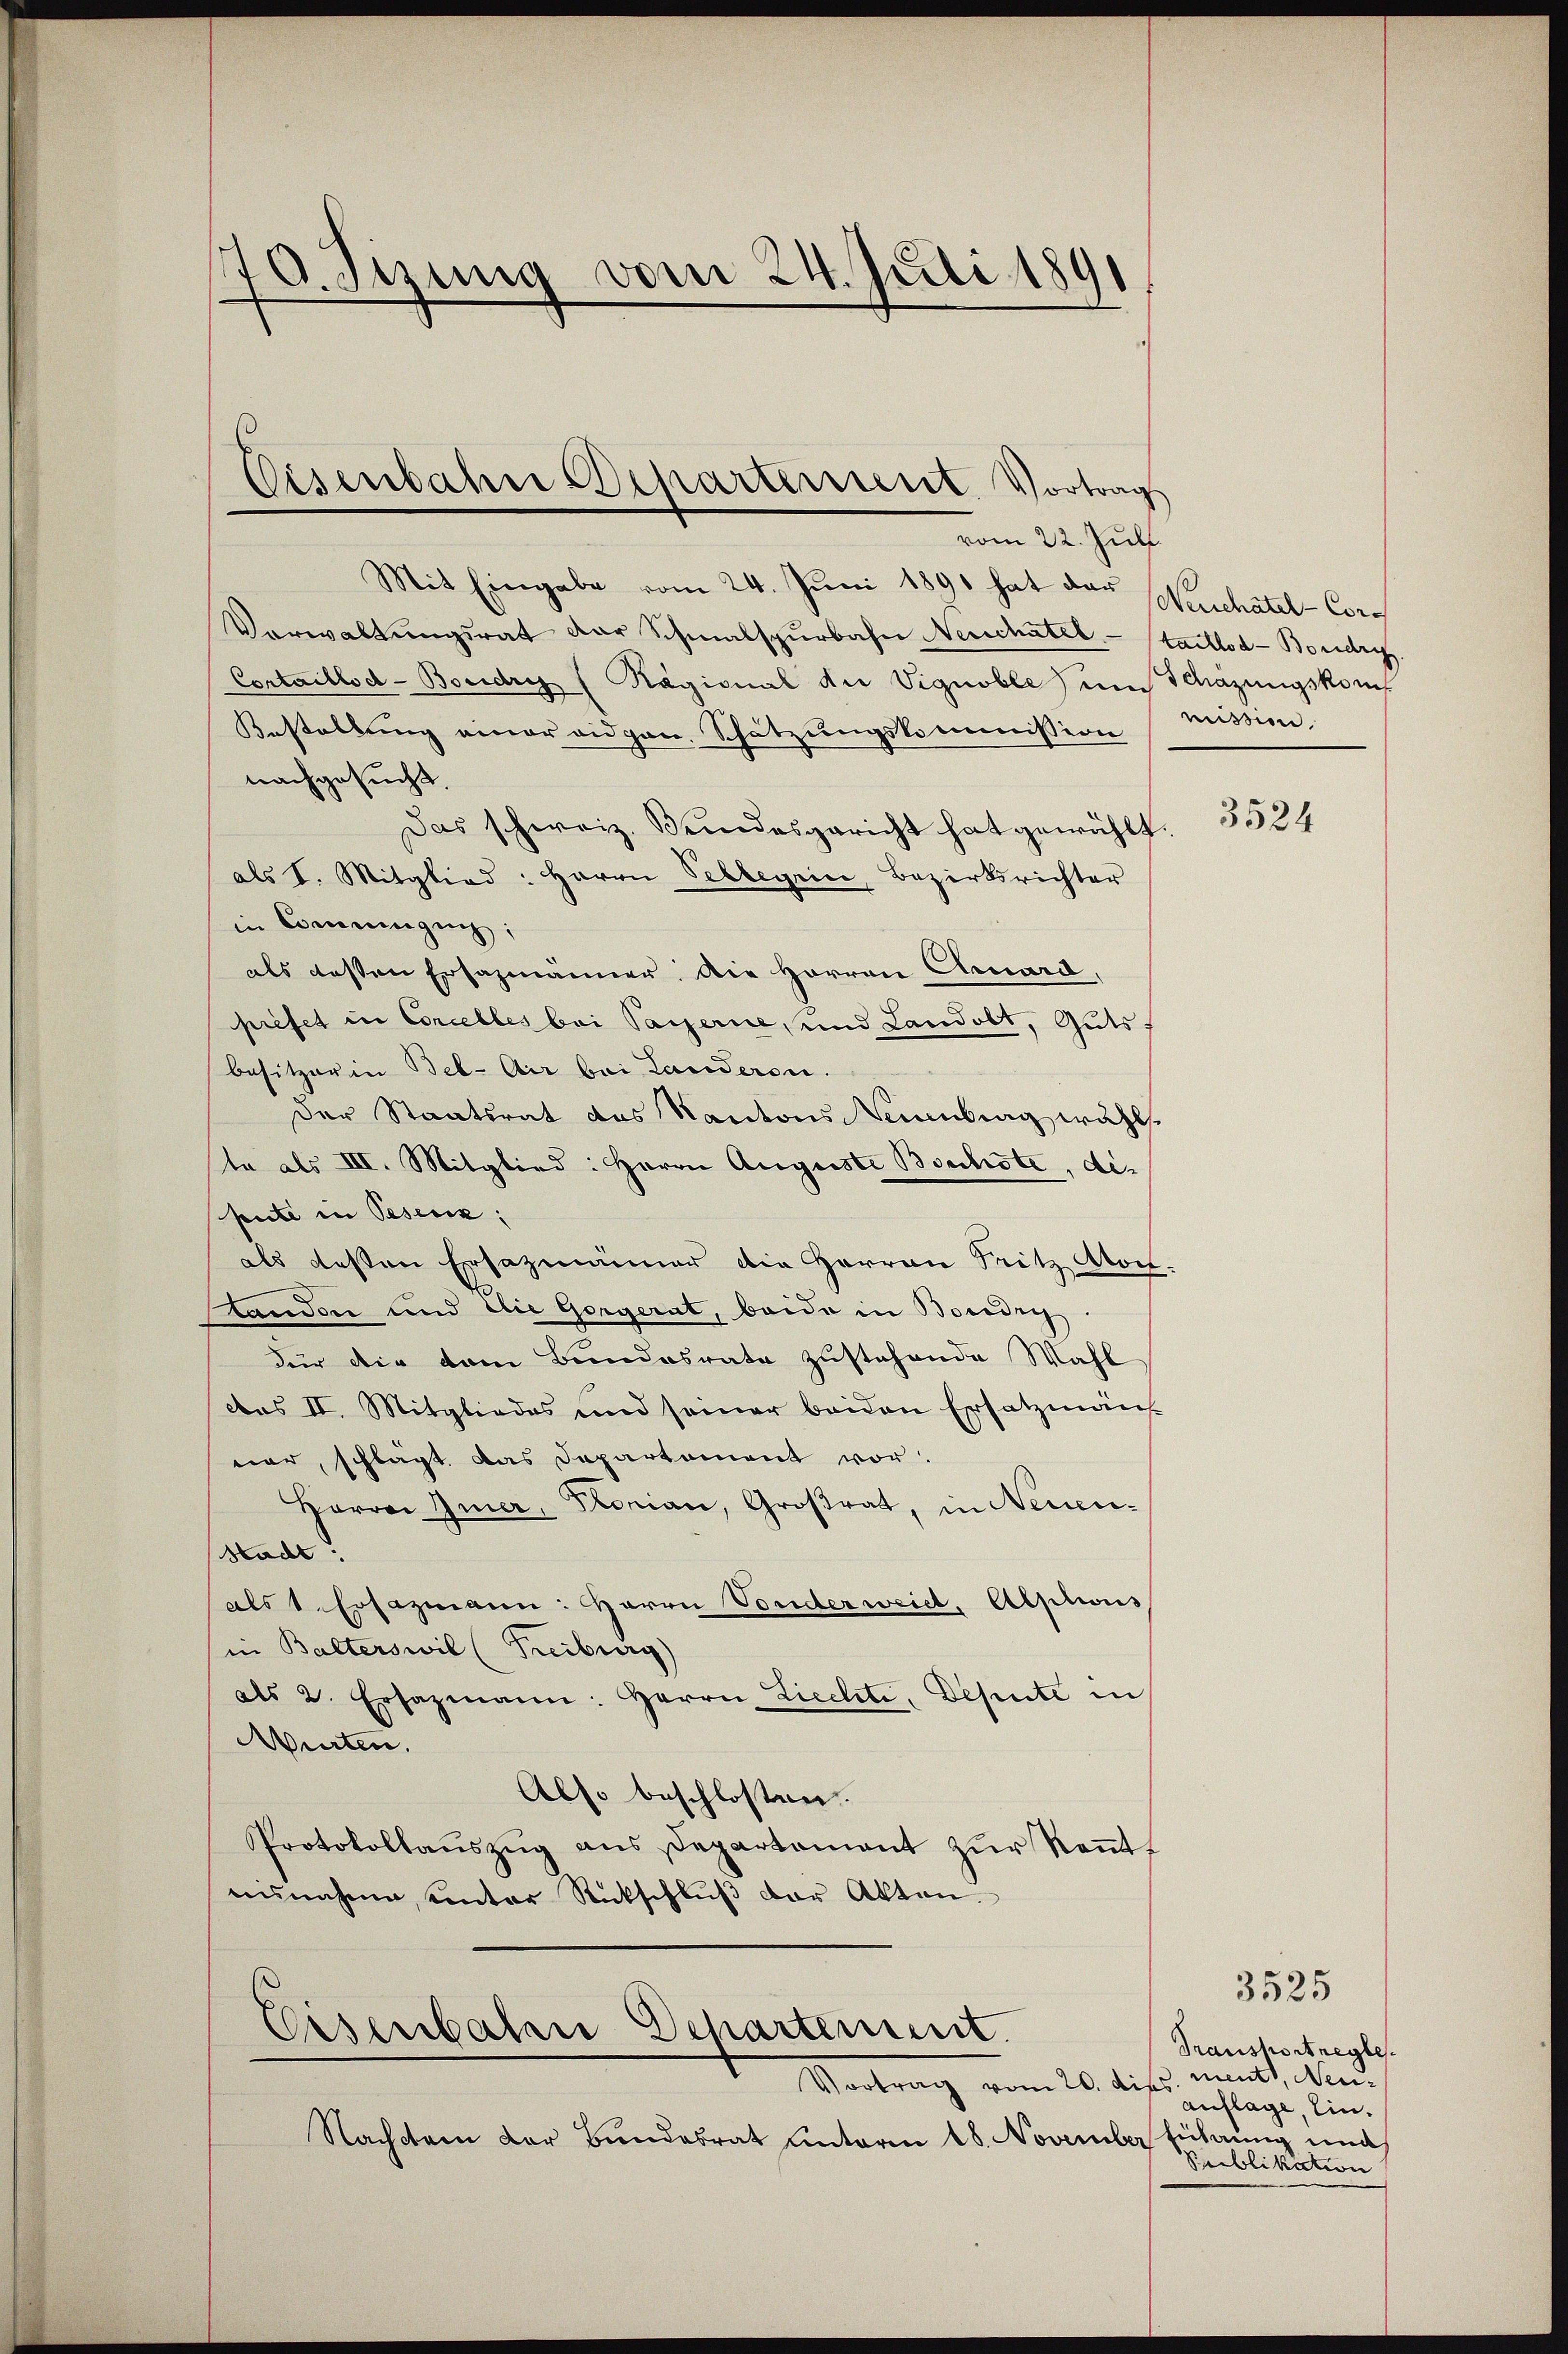
170. Sizung vom 24. Juli 1891

vom 22. Juli
Mit Eingabe vom 24. Juni 1890 hat das Meuchatel - Cor¬
Verwaltŭngsrat der Schmalspurbahn Neuchâtel.- taillod-Boridri
Cortaillod-Boudry (Ragional die Vignoble um Schazungskom
Bestellung einer eidgen. Schätzungskommission mission,
nachgesucht.
Das schweiz. Bundesgericht hat gewählt.
als I. Mitglied: Herrn Sebbegrin, Bezirksrichter
in Commingung;
als dessen Ersazmänner. Die Herren Cesard,
préfet in Concelles bei Payerne, und Landolt, Guts,
besitzer in Beb-Air bei Landeren.
der Staatsrat das Kantons Neuenburg wählte als III. Mitglied: Herrn Auguste Bochste, der
pute in Pesenz;
als besten Ersazmänner die Herren Pritz Moch¬
Standon und die Gorgerat, beide in Boredig
Für die vom Bundesrate zustehende Wahl
das II. Mitgliedes und seiner beiden Ersatzmän
ner, schlägt das Departement vor.
Harrer Gier, Florian, Großrat, in Neuen-
Stadt.
als 1. Ersazmann: Herrn Vonderweid, Alplius
in Balterswil (Freiburg)
als 2. Ersazmann: Herrn Liechte, Depute in
Würten.
Abso beschlosten.
Protokollaŭszŭg ans Departament zŭr Keṅt-
nisnahme ventar Rückschlŭβ der Akten.

Eisenbahne Departement. Vortrag

Eisenbalen Departement.

Vortrag vom 20. dis
Nachdem der Bundesrat unterm 18. November sichtung und

3524

3525

Transhortregles.
ments, Neuauflage, Ein¬
Publikation